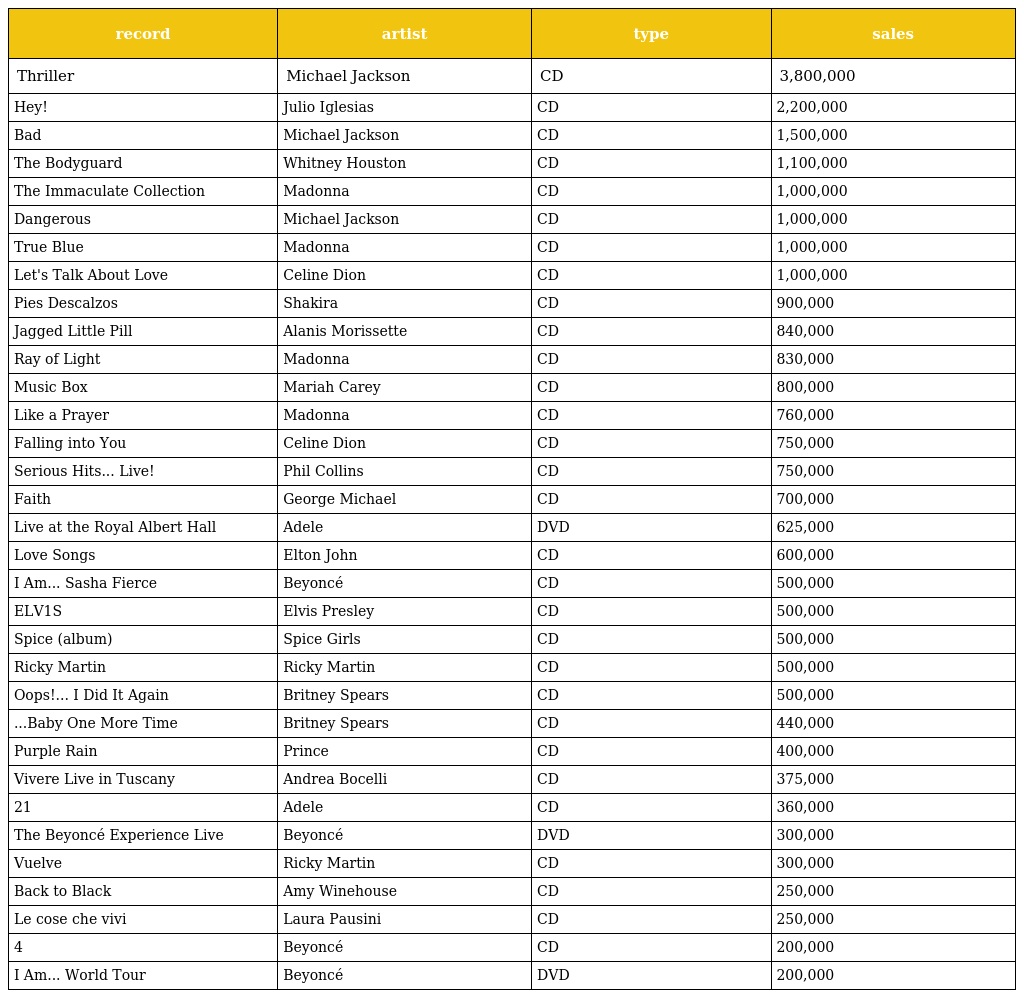
| record | artist | type | sales |
 | --- | --- | --- | --- |
 | Thriller | Michael Jackson | CD | 3,800,000 |
 | Hey! | Julio Iglesias | CD | 2,200,000 |
 | Bad | Michael Jackson | CD | 1,500,000 |
 | The Bodyguard | Whitney Houston | CD | 1,100,000 |
 | The Immaculate Collection | Madonna | CD | 1,000,000 |
 | Dangerous | Michael Jackson | CD | 1,000,000 |
 | True Blue | Madonna | CD | 1,000,000 |
 | Let's Talk About Love | Celine Dion | CD | 1,000,000 |
 | Pies Descalzos | Shakira | CD | 900,000 |
 | Jagged Little Pill | Alanis Morissette | CD | 840,000 |
 | Ray of Light | Madonna | CD | 830,000 |
 | Music Box | Mariah Carey | CD | 800,000 |
 | Like a Prayer | Madonna | CD | 760,000 |
 | Falling into You | Celine Dion | CD | 750,000 |
 | Serious Hits... Live! | Phil Collins | CD | 750,000 |
 | Faith | George Michael | CD | 700,000 |
 | Live at the Royal Albert Hall | Adele | DVD | 625,000 |
 | Love Songs | Elton John | CD | 600,000 |
 | I Am... Sasha Fierce | Beyoncé | CD | 500,000 |
 | ELV1S | Elvis Presley | CD | 500,000 |
 | Spice (album) | Spice Girls | CD | 500,000 |
 | Ricky Martin | Ricky Martin | CD | 500,000 |
 | Oops!... I Did It Again | Britney Spears | CD | 500,000 |
 | ...Baby One More Time | Britney Spears | CD | 440,000 |
 | Purple Rain | Prince | CD | 400,000 |
 | Vivere Live in Tuscany | Andrea Bocelli | CD | 375,000 |
 | 21 | Adele | CD | 360,000 |
 | The Beyoncé Experience Live | Beyoncé | DVD | 300,000 |
 | Vuelve | Ricky Martin | CD | 300,000 |
 | Back to Black | Amy Winehouse | CD | 250,000 |
 | Le cose che vivi | Laura Pausini | CD | 250,000 |
 | 4 | Beyoncé | CD | 200,000 |
 | I Am... World Tour | Beyoncé | DVD | 200,000 |